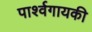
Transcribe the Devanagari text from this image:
पार्श्वगायकी